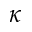
\kappa